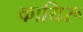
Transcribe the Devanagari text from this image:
कायिरू